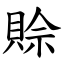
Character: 賒